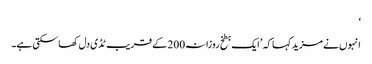
‘
انہوں نے مزید کہا کہ ’ایک بطخ روزانہ200 کے قریب ٹڈی دل کھا سکتی ہے۔